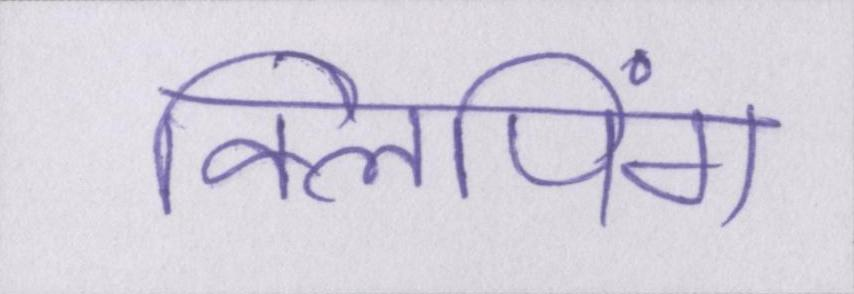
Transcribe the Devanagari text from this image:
क्लिपिंग